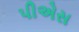
પીએસ